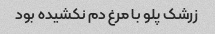
زرشک پلو با مرغ دم نکشیده بود